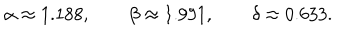
LaTeX: \alpha \approx 1 . 1 8 8 , \qquad \beta \approx 1 . 9 9 1 , \qquad \delta \approx 0 . 6 3 3 .